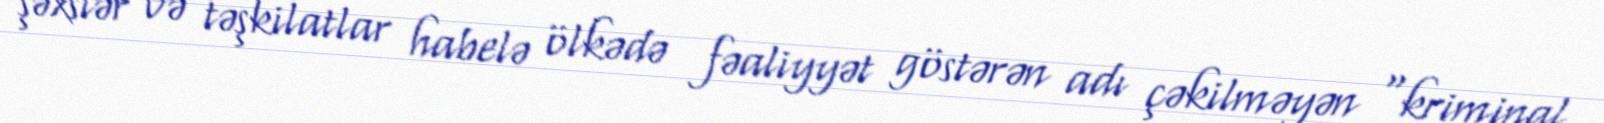
şəxslər və təşkilatlar habelə ölkədə fəaliyyət göstərən adı çəkilməyən “kriminal